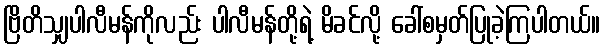
ဗြိတိသျှပါလီမန်ကိုလည်း ပါလီမန်တို့ရဲ့ မိခင်လို့ ခေါ်စမှတ်ပြုခဲ့ကြပါတယ်။